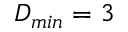
D _ { m i n } = 3